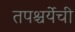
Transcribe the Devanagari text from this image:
तपश्चर्येची